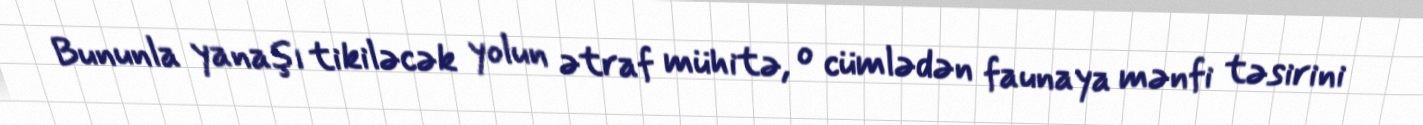
Bununla yanaşı tikiləcək yolun ətraf mühitə, o cümlədən faunaya mənfi təsirini